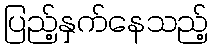
ပြည့်နှက်နေသည့်